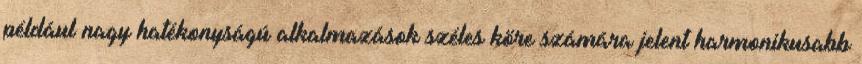
például nagy hatékonyságú alkalmazások széles köre számára jelent harmonikusabb